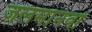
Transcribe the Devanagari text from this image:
जलमानवों